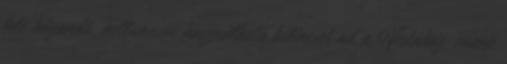
felé húzandó, kellemesen használható kilincset ad a Vestához, ennek